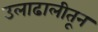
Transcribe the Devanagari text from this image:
उलाढालीतून